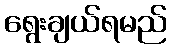
ရွေးချယ်ရမည်